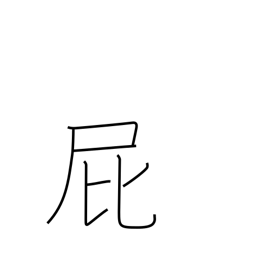
Meaning: passing gas